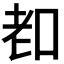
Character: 𦒵